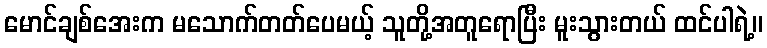
မောင်ချစ်အေးက မသောက်တတ်ပေမယ့် သူတို့အတူရောပြီး မူးသွားတယ် ထင်ပါရဲ့။